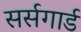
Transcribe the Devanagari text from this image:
सर्सगार्ड